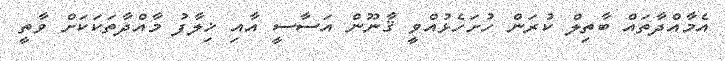
އެމާއްދާތައް ބާތިލް ކުރަން ހުށަހެޅުއްވީ ޤާނޫން އަސާސީ އާއި ޚިލާފު މާއްދާތަކަކަށް ވާތީ